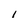
Character: I